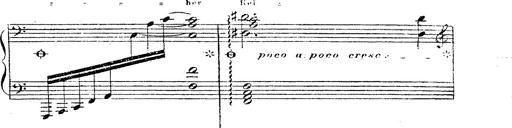
Title: 12 Lieder von Franz Schubert
Composer: Franz Liszt